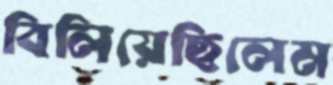
বিলিয়েছিলেম